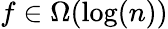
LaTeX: f\in\Omega(\log(n))